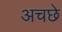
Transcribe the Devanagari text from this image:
अचछे